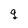
Character: 9